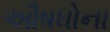
ઔષધોના